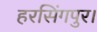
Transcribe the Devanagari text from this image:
हरसिंगपुर।